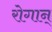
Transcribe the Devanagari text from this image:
रोगान्